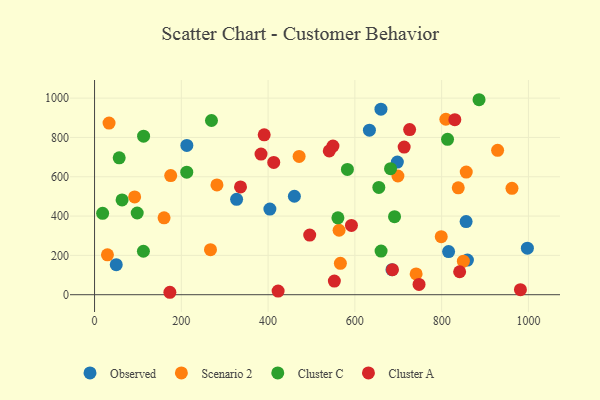
{"axis": {"x": "Speed", "y": "Demand"}, "legend": ["Cluster A", "Cluster C", "Observed", "Scenario 2"], "data": [{"x": "660.1", "y": 943.6, "type": "Observed"}, {"x": "327.4", "y": 485.2, "type": "Observed"}, {"x": "633.5", "y": 837.1, "type": "Observed"}, {"x": "212.7", "y": 759.4, "type": "Observed"}, {"x": "404.1", "y": 435.6, "type": "Observed"}, {"x": "685.5", "y": 127.5, "type": "Observed"}, {"x": "697.9", "y": 674.6, "type": "Observed"}, {"x": "859.4", "y": 176.1, "type": "Observed"}, {"x": "50.0", "y": 152.8, "type": "Observed"}, {"x": "460.6", "y": 501.0, "type": "Observed"}, {"x": "816.0", "y": 219.5, "type": "Observed"}, {"x": "856.4", "y": 372.0, "type": "Observed"}, {"x": "997.6", "y": 236.8, "type": "Observed"}, {"x": "175.5", "y": 605.9, "type": "Scenario 2"}, {"x": "929.0", "y": 734.7, "type": "Scenario 2"}, {"x": "92.4", "y": 497.6, "type": "Scenario 2"}, {"x": "838.3", "y": 543.5, "type": "Scenario 2"}, {"x": "809.7", "y": 892.6, "type": "Scenario 2"}, {"x": "699.2", "y": 603.9, "type": "Scenario 2"}, {"x": "799.1", "y": 295.3, "type": "Scenario 2"}, {"x": "741.2", "y": 105.7, "type": "Scenario 2"}, {"x": "267.2", "y": 229.2, "type": "Scenario 2"}, {"x": "160.2", "y": 391.0, "type": "Scenario 2"}, {"x": "29.7", "y": 202.7, "type": "Scenario 2"}, {"x": "566.6", "y": 159.6, "type": "Scenario 2"}, {"x": "962.1", "y": 541.2, "type": "Scenario 2"}, {"x": "856.7", "y": 624.0, "type": "Scenario 2"}, {"x": "33.4", "y": 873.3, "type": "Scenario 2"}, {"x": "282.1", "y": 558.3, "type": "Scenario 2"}, {"x": "471.5", "y": 703.7, "type": "Scenario 2"}, {"x": "850.1", "y": 170.4, "type": "Scenario 2"}, {"x": "563.6", "y": 327.9, "type": "Scenario 2"}, {"x": "691.4", "y": 397.2, "type": "Cluster C"}, {"x": "56.8", "y": 696.2, "type": "Cluster C"}, {"x": "560.9", "y": 390.9, "type": "Cluster C"}, {"x": "269.5", "y": 886.3, "type": "Cluster C"}, {"x": "112.6", "y": 221.0, "type": "Cluster C"}, {"x": "655.2", "y": 546.0, "type": "Cluster C"}, {"x": "18.6", "y": 414.2, "type": "Cluster C"}, {"x": "813.6", "y": 790.7, "type": "Cluster C"}, {"x": "682.2", "y": 641.1, "type": "Cluster C"}, {"x": "660.4", "y": 222.1, "type": "Cluster C"}, {"x": "582.8", "y": 637.3, "type": "Cluster C"}, {"x": "113.0", "y": 806.5, "type": "Cluster C"}, {"x": "886.2", "y": 991.9, "type": "Cluster C"}, {"x": "98.3", "y": 415.6, "type": "Cluster C"}, {"x": "63.4", "y": 482.4, "type": "Cluster C"}, {"x": "212.5", "y": 623.4, "type": "Cluster C"}, {"x": "423.1", "y": 18.5, "type": "Cluster A"}, {"x": "726.2", "y": 839.9, "type": "Cluster A"}, {"x": "592.1", "y": 352.5, "type": "Cluster A"}, {"x": "747.9", "y": 52.4, "type": "Cluster A"}, {"x": "383.7", "y": 715.4, "type": "Cluster A"}, {"x": "841.5", "y": 116.8, "type": "Cluster A"}, {"x": "549.5", "y": 756.0, "type": "Cluster A"}, {"x": "713.6", "y": 750.8, "type": "Cluster A"}, {"x": "391.0", "y": 813.3, "type": "Cluster A"}, {"x": "541.0", "y": 731.6, "type": "Cluster A"}, {"x": "413.0", "y": 672.7, "type": "Cluster A"}, {"x": "173.6", "y": 12.4, "type": "Cluster A"}, {"x": "686.6", "y": 127.4, "type": "Cluster A"}, {"x": "336.4", "y": 548.3, "type": "Cluster A"}, {"x": "495.9", "y": 303.6, "type": "Cluster A"}, {"x": "552.7", "y": 69.5, "type": "Cluster A"}, {"x": "981.6", "y": 25.7, "type": "Cluster A"}, {"x": "830.4", "y": 890.6, "type": "Cluster A"}]}